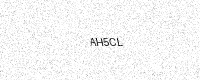
Text: AH5CL